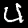
Label: 4